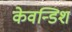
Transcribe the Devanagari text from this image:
केवन्डिश